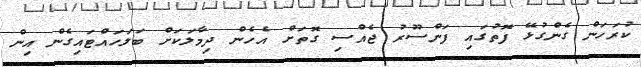
ކުރަހަން ގެންގުޅޭ ފޮތުގައި ފަންސޫރު ޖެއްސި ގޮތަށް އެހެން ދިމާލަކަށް ބަލަހައްޓައިގެން އިން